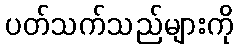
ပတ်သက်သည်များကို